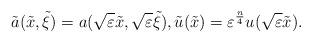
LaTeX: \begin{align*}\begin{aligned}\tilde a (\tilde x, \tilde \xi)=a (\sqrt{\varepsilon} \tilde x,\sqrt{\varepsilon} \tilde \xi), \tilde u(\tilde x)=\varepsilon^{\frac{n}{4}} u(\sqrt{\varepsilon} \tilde x). \end{aligned}\end{align*}